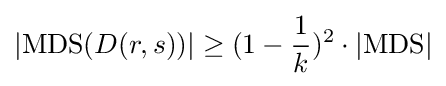
|\mathrm {MDS} (D(r,s))|\geq (1-{\frac {1}{k}})^{2}\cdot |\mathrm {MDS} |